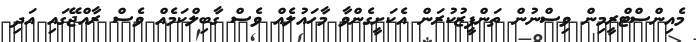
މެއިންސްޓްރީމިން ވިސްނުން ތަންފީޒުކުރަން އެކަށީގެންވާ މާހައުލެއް ވެސް ގާބިލްކަމެއް ވެސް ރާއްޖޭގައި އަދި